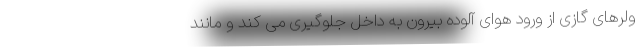
ولرهای گازی از ورود هوای آلوده بیرون به داخل جلوگیری می کند و مانند